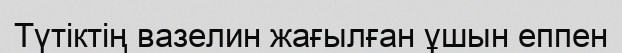
Түтіктің вазелин жағылған ұшын еппен